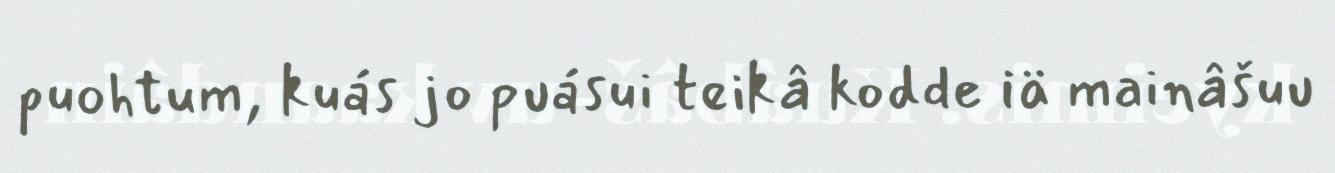
puohtum, kuás jo puásui teikâ kodde iä mainâšuu